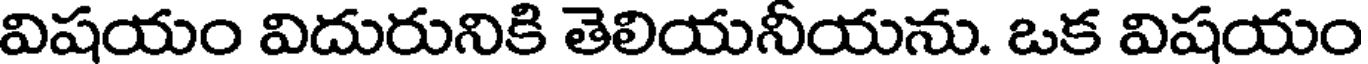
విషయం విదురునికి తెలియనీయను. ఒక విషయం